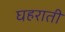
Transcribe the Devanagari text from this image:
घहराती